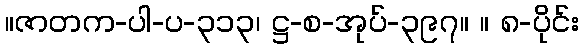
။ဇာတက-ပါ-ပ-၃၁၃၊ ဋ္ဌ-စ-အုပ်-၃၉၇။ ။ ၈-ပိုင်း